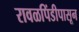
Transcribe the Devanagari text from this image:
रावळपिंडीपासून